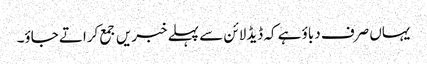
یہاں صرف دباؤ ہے کہ ڈیڈلائن سے پہلے خبریں جمع کراتے جاؤ۔